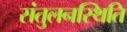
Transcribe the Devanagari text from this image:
संतुलनस्थिति